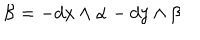
\mathcal { B } = - d x \wedge \alpha - d y \wedge \beta